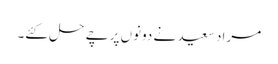
مراد سعید نے دونوں پرچے حل کئے۔